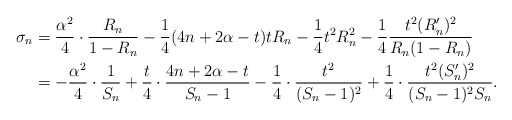
\begin{align*}\sigma_n&=\frac{\alpha^2}{4}\cdot\frac{R_n}{1-R_n}-\frac{1}{4}(4n+2\alpha-t) tR_n-\frac{1}{4}t^2 R_n^2-\frac{1}{4}\frac{t^2(R_n')^2}{R_n(1-R_n)}\\&=-\frac{\alpha^2}{4}\cdot\frac{1}{S_n}+\frac{t }{4}\cdot\frac{4n+2\alpha-t}{S_n-1}-\frac{1}{4}\cdot\frac{t^2}{(S_n-1)^2}+\frac{1}{4}\cdot\frac{t^2 (S_n')^2}{(S_n-1)^2S_n}.\end{align*}